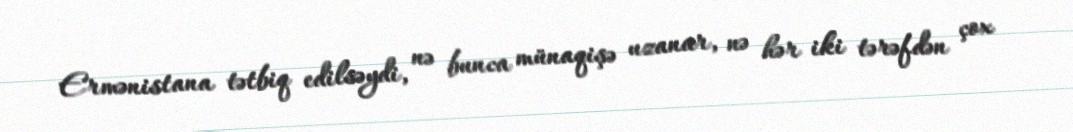
Ermənistana tətbiq edilsəydi, nə bunca münaqişə uzanar, nə hər iki tərəfdən çox